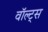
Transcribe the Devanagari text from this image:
वॉल्ट्स